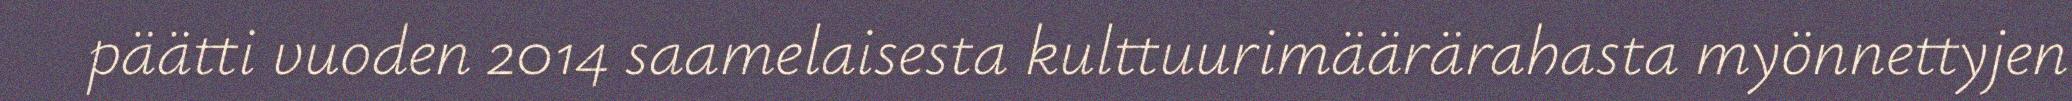
päätti vuoden 2014 saamelaisesta kulttuurimäärärahasta myönnettyjen